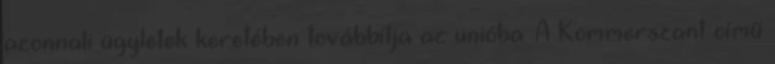
azonnali ügyletek keretében továbbítja az unióba. A Kommerszant című